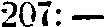
207: —